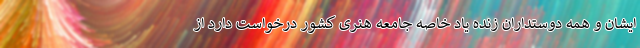
ایشان و همه دوستداران زنده یاد خاصه جامعه هنری کشور درخواست دارد از